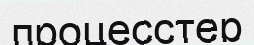
процесстер